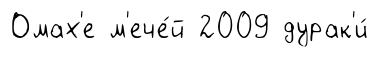
Омах'е м'ече́й 2009 дурак'и́